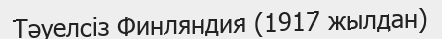
Тәуелсіз Финляндия (1917 жылдан)